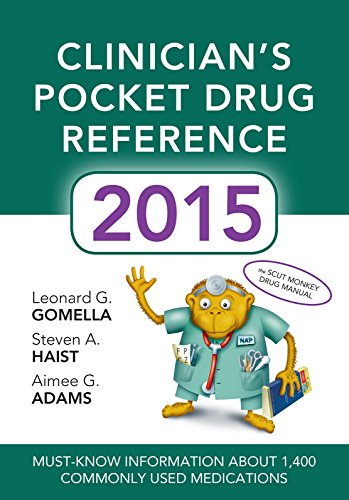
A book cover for Clinicians Pocket Drug Reference 2015 (Pocket Reference); Leonard Gomella; Medical Books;